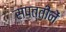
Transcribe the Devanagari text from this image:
संपत्तीनें